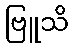
ဗြူသိ